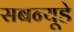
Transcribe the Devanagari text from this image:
सबन्यूडे